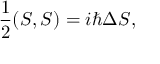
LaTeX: { \frac { 1 } { 2 } } ( S , S ) = i \hbar \Delta S ,